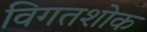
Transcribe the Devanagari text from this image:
विगतशोक